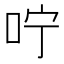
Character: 咛